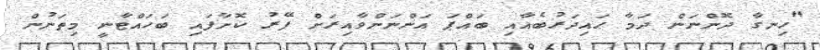
"ހިނގާ ދޮންނަން ދަމާ ޙައިދަރުބެއާއި ބައްޕަ އަންނަންވާއިރަށް ފޭރު ކޮށާފައި ބަހައްޓާނީ މިތަނުން